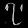
Digit: ၇